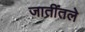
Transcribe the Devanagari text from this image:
जातींतले